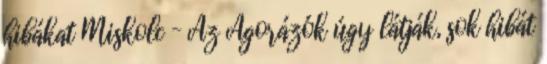
hibákat Miskolc – Az Agorázók úgy látják, sok hibát